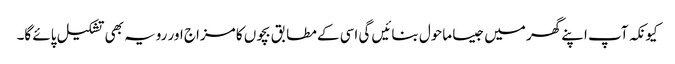
کیونکہ آپ اپنے گھر میں جیسا ماحول بنائیں گی اسی کے مطابق بچوں کا مزاج اور رویہ بھی تشکیل پائے گا۔